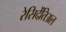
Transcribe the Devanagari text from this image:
रेसिदेंतिअल